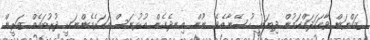
ޒަކްޔަން ވާހަކަދައްކަމުން ދިޔައީ ހުސޭނާއެވެ. ނޫން. އިނދެގެން އުޅުނަސް އަހަރެމެންނަކީ ދުރުބައެއް. ޒަރީން